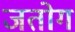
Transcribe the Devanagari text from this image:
जतोग